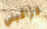
تراقبني